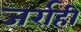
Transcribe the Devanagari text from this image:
जर्राही